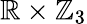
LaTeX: \mathbb{R}\times\mathbb{Z}_{3}